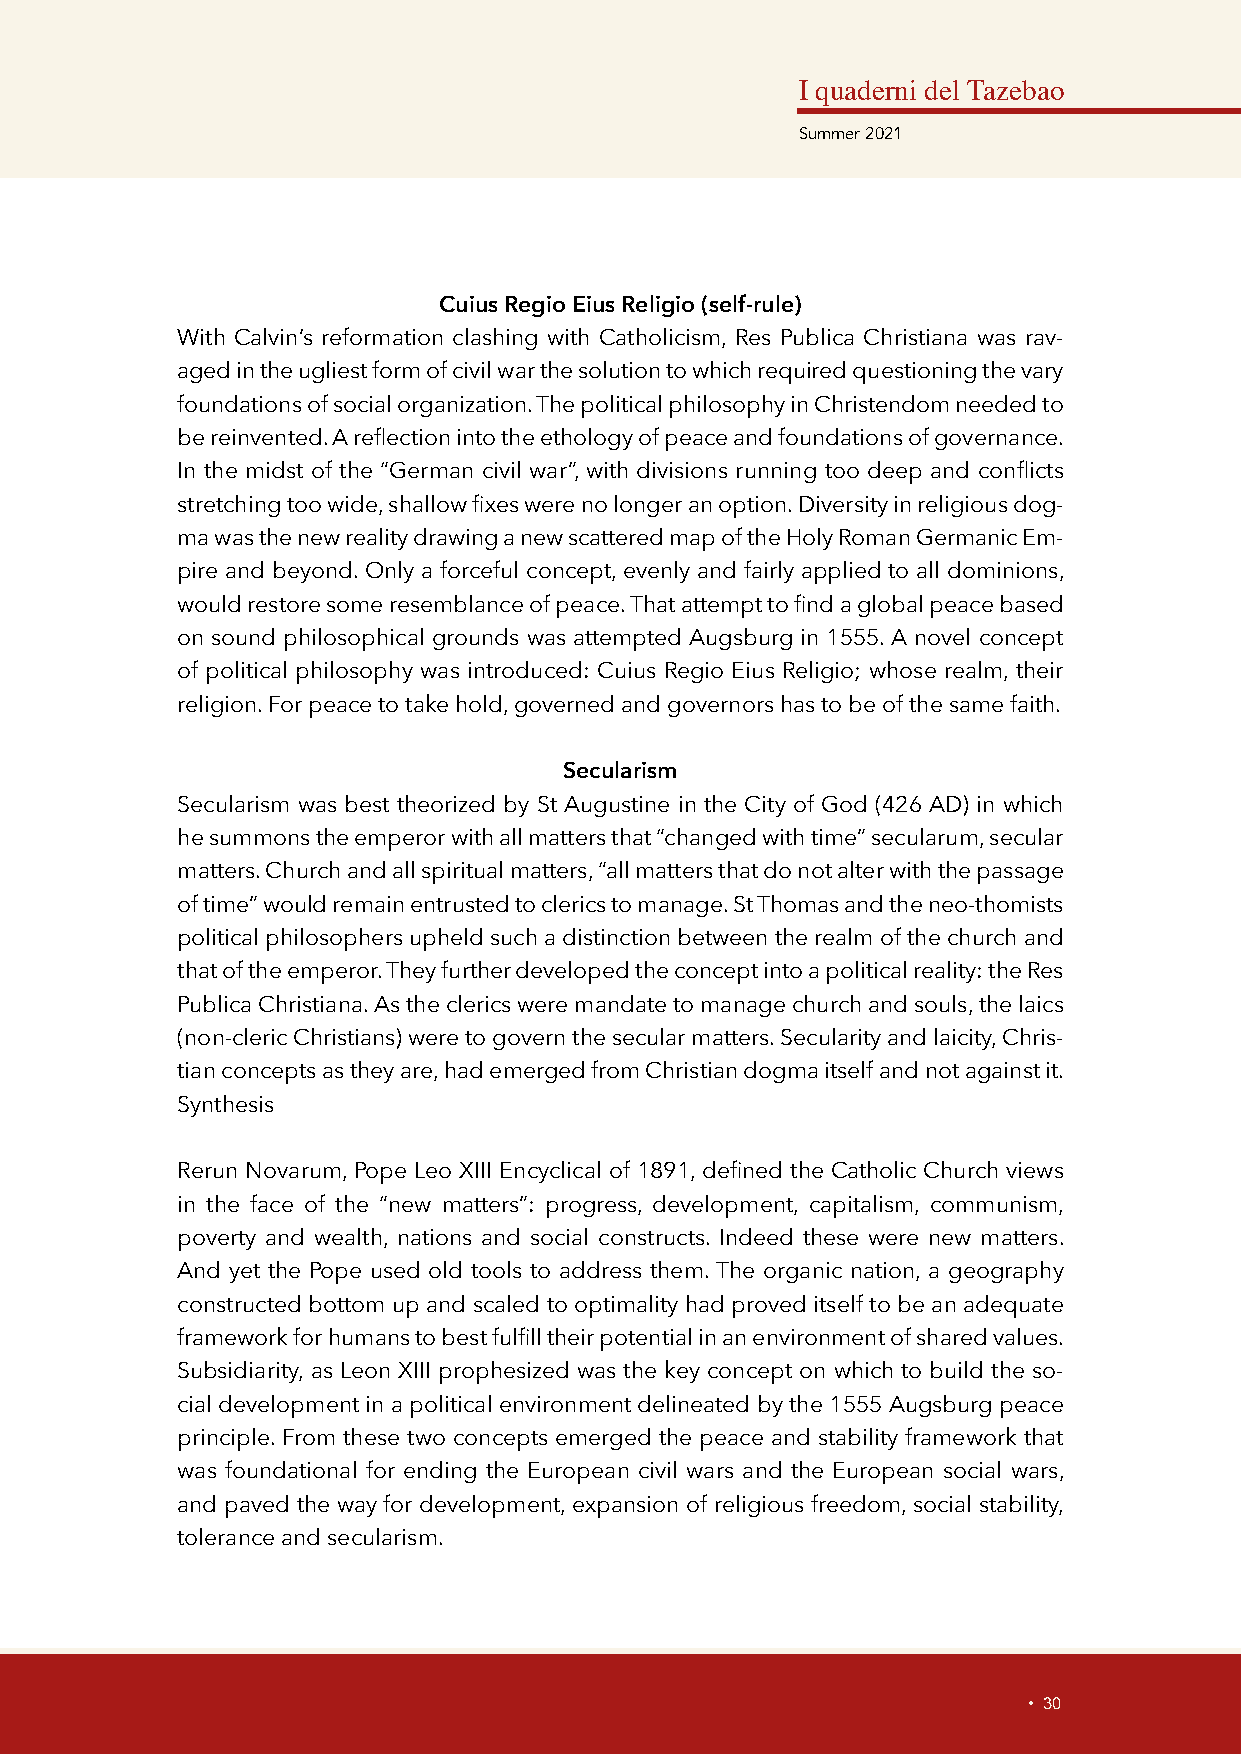
I quaderni del Tazebao
 Summer 2021
 Cuius Regio Eius Religio (self-rule)
 With Calvin’s reformation clashing with Catholicism, Res Publica Christiana was rav-
 aged in the ugliest form of civil war the solution to which required questioning the vary
 foundations of social organization. The political philosophy in Christendom needed to
 be reinvented. A reflection into the ethology of peace and foundations of governance.
 In the midst of the “German civil war”, with divisions running too deep and conflicts
 stretching too wide, shallow fixes were no longer an option. Diversity in religious dog-
 ma was the new reality drawing a new scattered map of the Holy Roman Germanic Em-
 pire and beyond. Only a forceful concept, evenly and fairly applied to all dominions,
 would restore some resemblance of peace. That attempt to find a global peace based
 on sound philosophical grounds was attempted Augsburg in 1555. A novel concept
 of political philosophy was introduced: Cuius Regio Eius Religio; whose realm, their
 religion. For peace to take hold, governed and governors has to be of the same faith.
 Secularism
 Secularism was best theorized by St Augustine in the City of God (426 AD) in which
 he summons the emperor with all matters that “changed with time” secularum, secular
 matters. Church and all spiritual matters, “all matters that do not alter with the passage
 of time” would remain entrusted to clerics to manage. St Thomas and the neo-thomists
 political philosophers upheld such a distinction between the realm of the church and
 that of the emperor. They further developed the concept into a political reality: the Res
 Publica Christiana. As the clerics were mandate to manage church and souls, the laics
 (non-cleric Christians) were to govern the secular matters. Secularity and laicity, Chris-
 tian concepts as they are, had emerged from Christian dogma itself and not against it.
 Synthesis
 Rerun Novarum, Pope Leo XIII Encyclical of 1891, defined the Catholic Church views
 in the face of the “new matters”: progress, development, capitalism, communism,
 poverty and wealth, nations and social constructs. Indeed these were new matters.
 And yet the Pope used old tools to address them. The organic nation, a geography
 constructed bottom up and scaled to optimality had proved itself to be an adequate
 framework for humans to best fulfill their potential in an environment of shared values.
 Subsidiarity, as Leon XIII prophesized was the key concept on which to build the so-
 cial development in a political environment delineated by the 1555 Augsburg peace
 principle. From these two concepts emerged the peace and stability framework that
 was foundational for ending the European civil wars and the European social wars,
 and paved the way for development, expansion of religious freedom, social stability,
 tolerance and secularism.
 • 30